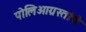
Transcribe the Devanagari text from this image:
पोलिओग्रस्तांचे